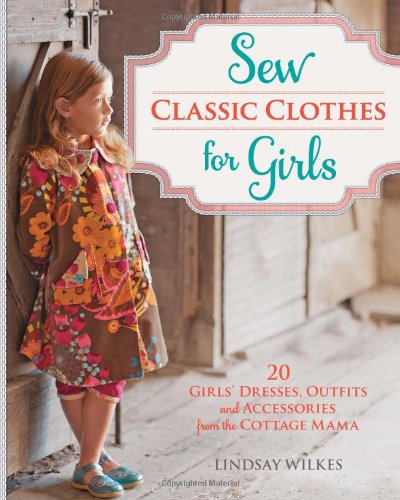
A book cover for Sew Classic Clothes for Girls: 20 Girls' Dresses, Outfits and Accessories from the Cottage Mama; Lindsay Wilkes; Crafts, Hobbies & Home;